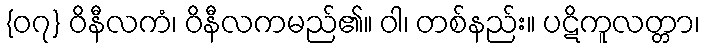
{၀၇} ဝိနီလကံ၊ ဝိနီလကမည်၏။ ဝါ၊ တစ်နည်း။ ပဋိကူလတ္တာ၊